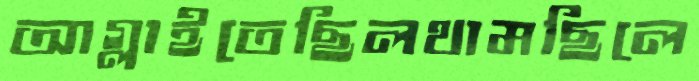
আগ্‌লাইতেছিলথামছিলে